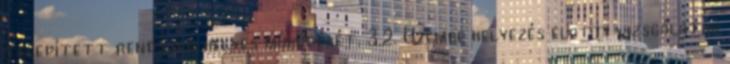
telepített rendszer helyes mûködését. 3.2. Üzembe helyezés elõtti vizsgálatok